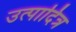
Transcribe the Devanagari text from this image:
उत्पादित्र